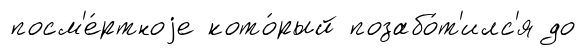
посм'е́ртноjе кото́рый позабо́т'илс'я до